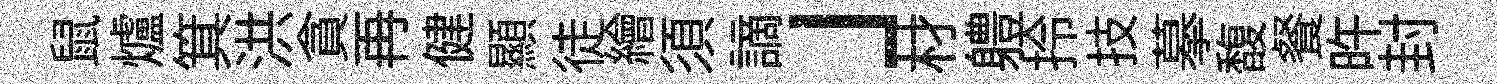
鼠爐箕洪貪再健顯徒繪須謫」材軆拎技摹馥餐旿封